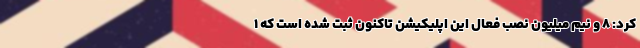
کرد: ۸ و نیم میلیون نصب فعال این اپلیکیشن تاکنون ثبت شده است که ۱